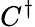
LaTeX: C^{\dagger}